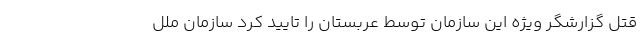
قتل گزارشگر ویژه این سازمان توسط عربستان را تایید کرد سازمان ملل